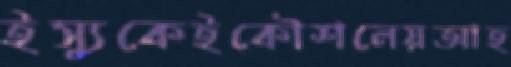
ইস্যুকেইকৌশলেয়আহ